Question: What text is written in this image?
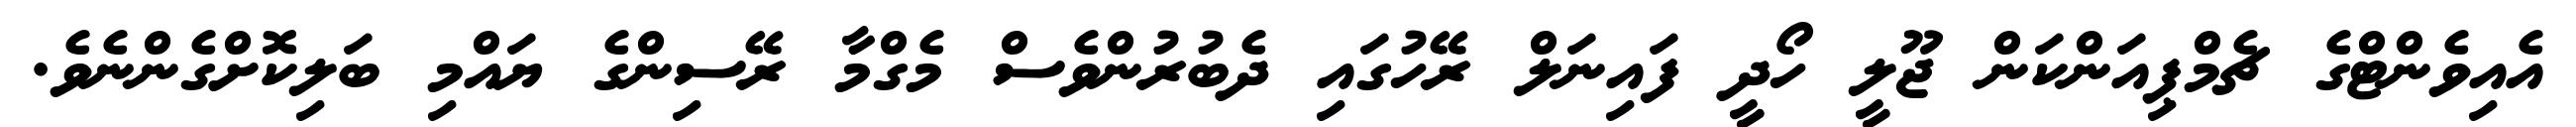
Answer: އެއިވެންޓްގެ ޗެމްޕިއަންކަން ޖޫލީ ހޯދީ ފައިނަލް ރޭހުގައި ދެބުރުންވެސް މެގްމާ ރޭސިންގެ ޔައްމި ބަލިކޮށްގެންނެވެ.